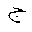
Letter: _gim